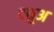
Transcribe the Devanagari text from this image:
वक़ूअ